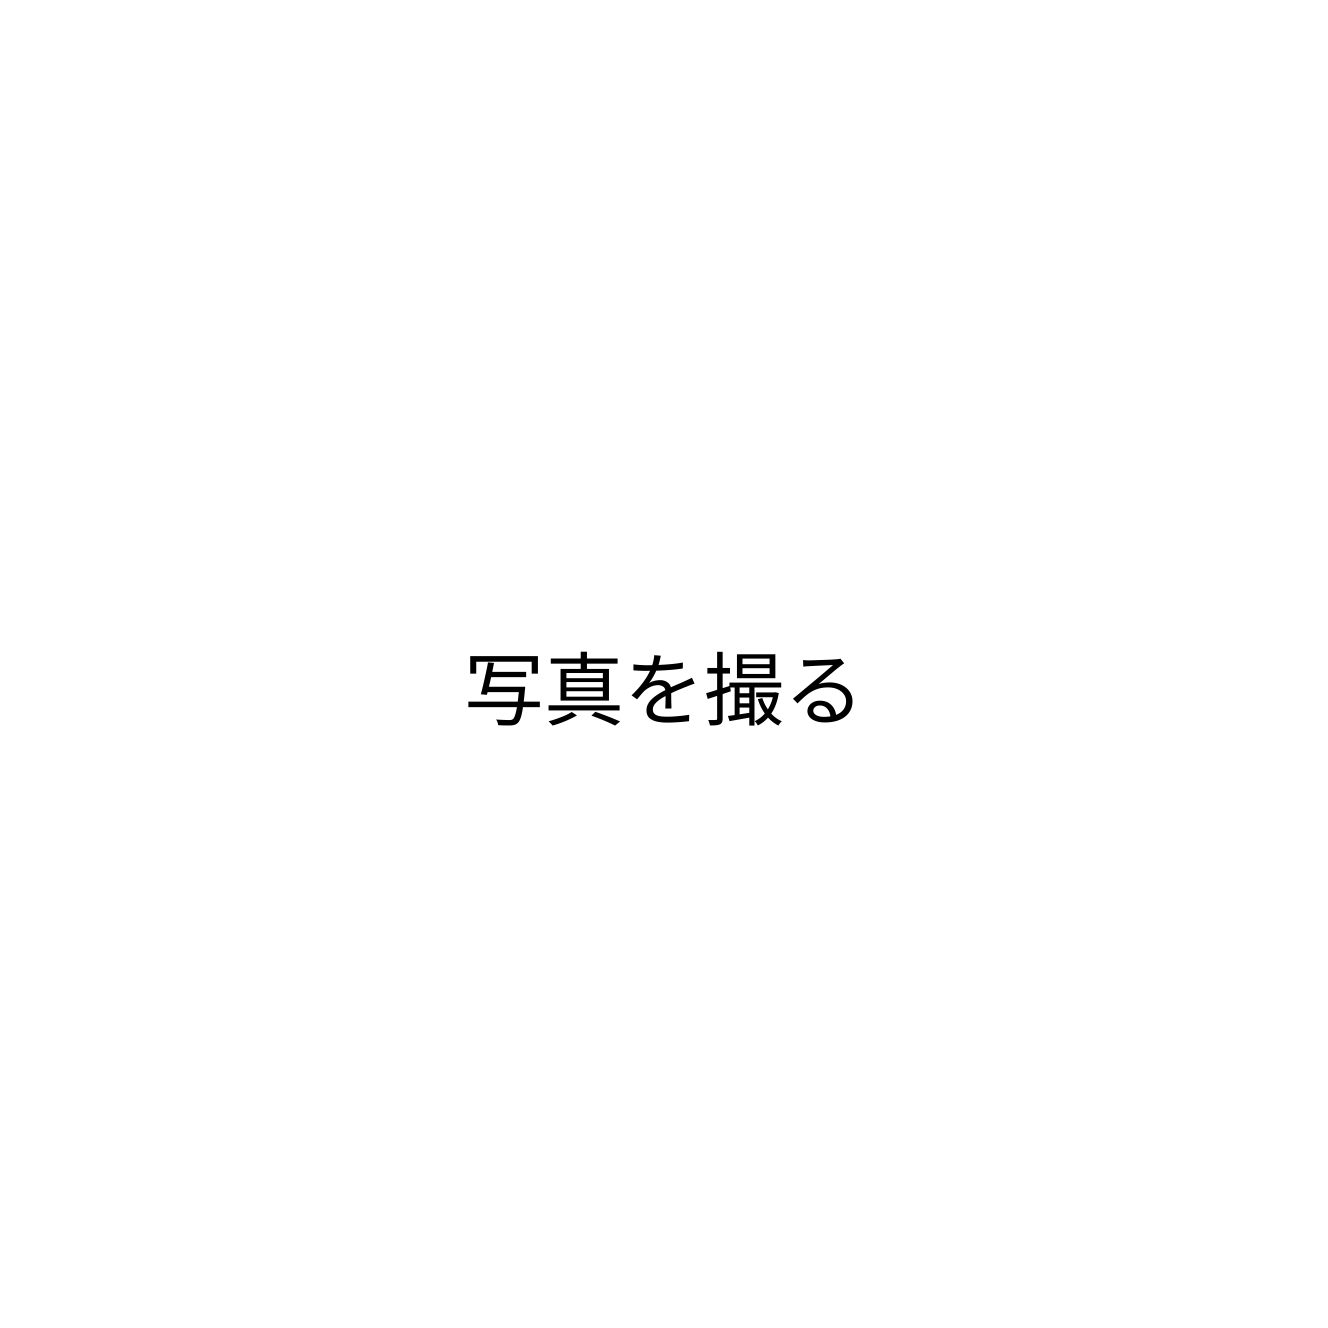
写真を撮る